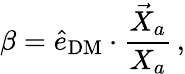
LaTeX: \beta=\hat{e}_{\mathrm{DM}}\cdot\frac{\vec{X}_{a}}{X_{a}}\, ,